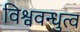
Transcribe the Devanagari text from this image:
विश्ववन्धुत्व